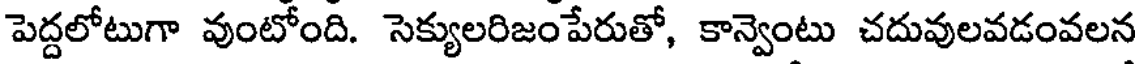
పెద్దలోటుగా వుంటోంది. సెక్యులరిజంపేరుతో, కాన్వెంటు చదువులవడంవలన